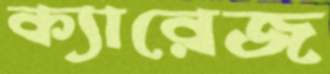
ক্যারেজ